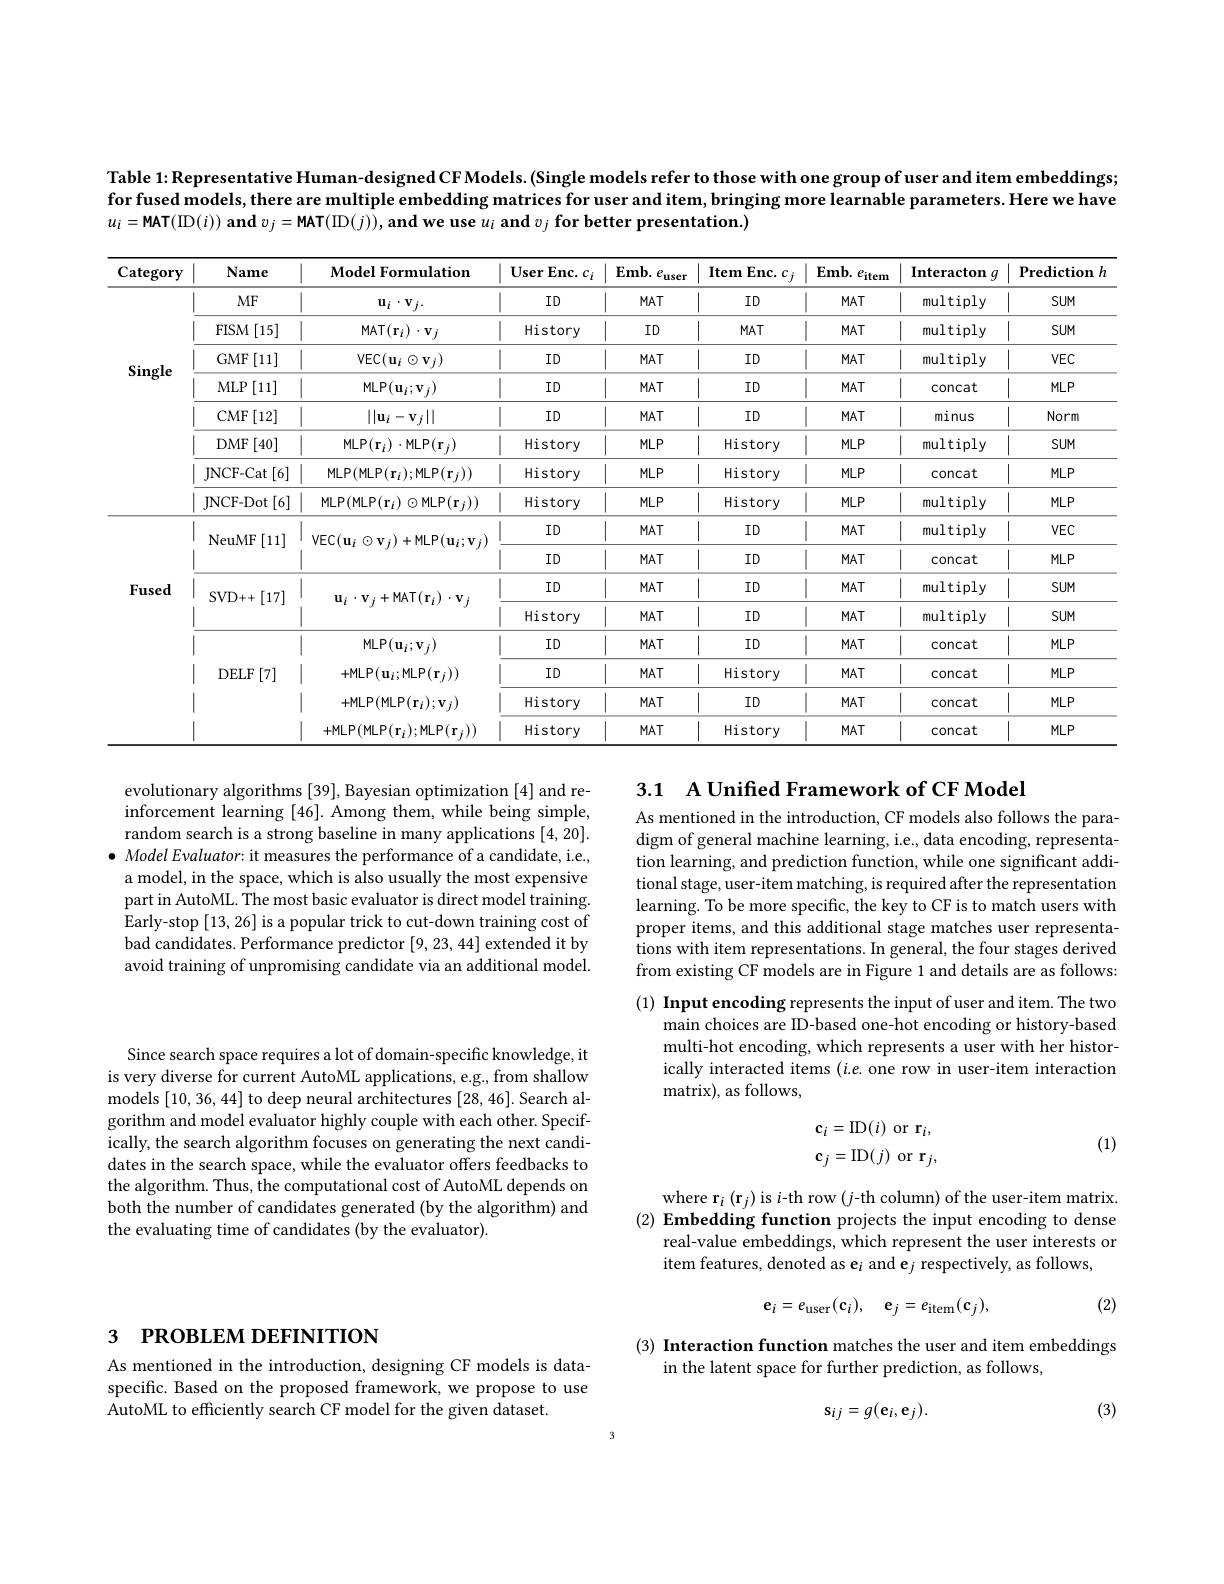
Table 1: Representative Human-designed CF Models. (Single models refer to those with one group of user and item embeddings; for fused models, there are multiple embedding matrices for user and item, bringing more learnable parameters. Here we have $u_{i}=$MAT(ID$( i) ) \textbf{ and }v_j=$MAT(ID$( j) ) , \textbf{and we use }u_i$ and $v_j\textbf{ for better presentation. })$

<table>
	<tbody>
		<tr>
			<th>Category</th>
			<th>Name</th>
			<th>$\mathbf{Model~Formulation}$</th>
			<th>User Enc. $c_i$</th>
			<th>$Emb.$ $\mathcal{C}_{1}$ $e_\mathrm{user}$ $\frac{1}{2}=\frac{1}{2}=\frac{1}{2}$ T</th>
			<th>$\iota Enc.c_j$ Item</th>
			<th>$Emb.$ $e_\mathrm{item}$</th>
			<th>Interacton $g$</th>
			<th>$\mathbf{Prediction}$ $\frac{1}{2}=\frac{1}{2}=\frac{1}{2}$ 1 $F$</th>
		</tr>
		<tr>
			<td rowspan="8">Single</td>
			<td>$MF$</td>
			<td>$\mathbf{u}_{i}\cdot\mathbf{v}_{j}.$</td>
			<td> $ID$</td>
			<td>| $MAT$</td>
			<td>| ID $\frac{1}{2}=\frac{1}{2}=\frac{1}{2}$</td>
			<td> $MAT$</td>
			<td>multiply</td>
			<td>$SUM$ 1</td>
		</tr>
		<tr>
			<td>$FISM$ [15]</td>
			<td>MAT$( \mathbf{r} _{i}) \cdot \mathbf{v} _{j}$</td>
			<td>History</td>
			<td>| ID</td>
			<td>$MAT$ 1</td>
			<td> $MAT$</td>
			<td>multiply</td>
			<td>$SUM$</td>
		</tr>
		<tr>
			<td>[11] $GMF$</td>
			<td>$\operatorname{VEC}(\mathbf{u}_{i}\odot\mathbf{v}_{j})$</td>
			<td> $ID$</td>
			<td> $MAT$</td>
			<td> ID</td>
			<td>1 $MAT$</td>
			<td>multiply</td>
			<td>1 $VEC$</td>
		</tr>
		<tr>
			<td>$MLP$ [11]</td>
			<td>MLP$( \mathbf{u} _{i}; \mathbf{v} _{j})$</td>
			<td>| $ID$</td>
			<td> $MAT$</td>
			<td> ID</td>
			<td> $MAT$</td>
			<td>concat</td>
			<td>$MLP$ 1</td>
		</tr>
		<tr>
			<td>$CMF$ [12]</td>
			<td>$||\mathbf{u}_{i}-\mathbf{v}_{j}||$</td>
			<td> $ID$</td>
			<td> $MAT$ 1</td>
			<td> ID</td>
			<td> $MAT$</td>
			<td>minus</td>
			<td>Norm</td>
		</tr>
		<tr>
			<td>$DMF$ [40]</td>
			<td>MLP$( \mathbf{r} _{i}) \cdot$MLP$( \mathbf{r} _{j})$</td>
			<td>History</td>
			<td>| $MLP$</td>
			<td>History</td>
			<td>1 $MLP$</td>
			<td>multiply</td>
			<td>$SUM$</td>
		</tr>
		<tr>
			<td>JNCF- Cat [6]</td>
			<td>MLP(MLP$(\mathbf{r}_i);$MLP$(\mathbf{r}_j))$</td>
			<td>History</td>
			<td>| $MLP$</td>
			<td>History</td>
			<td> $MLP$</td>
			<td>concat</td>
			<td>$MLP$</td>
		</tr>
		<tr>
			<td>JNCF- Dot :[6] $a_{2}=\frac{1}{2}$</td>
			<td>$\mathsf{MLP}(\mathsf{MLP}(\mathbf{r}_{i})\odot\mathsf{MLP}(\mathbf{r}_{j}))$</td>
			<td>History</td>
			<td>$MLP$</td>
			<td>History</td>
			<td>1 $MLP$</td>
			<td>multiply</td>
			<td>$MLP$</td>
		</tr>
		<tr>
			<td rowspan="8">Fused</td>
			<td rowspan="2">NeuMF [11]</td>
			<td rowspan="2">VEC$(\mathbf{u}_i\odot\mathbf{v}_j)+$MLP$(\mathbf{u}_i;\mathbf{v}_j)$</td>
			<td>1 $ID$</td>
			<td>$MAT$</td>
			<td>ID</td>
			<td>$MAT$</td>
			<td>multiply</td>
			<td>$VEC$</td>
		</tr>
		<tr>
			<td>$ID$</td>
			<td>$MAT$</td>
			<td>ID</td>
			<td>$MAT$</td>
			<td>concat</td>
			<td>$MLP$</td>
		</tr>
		<tr>
			<td rowspan="2">[17] SVD+ + </td>
			<td rowspan="2">$\mathbf{u}_{i}\cdot\mathbf{v}_{j}+\mathbf{MAT}(\mathbf{r}_{i})\cdot\mathbf{v}_{j}$</td>
			<td> $ID$</td>
			<td> $MAT$</td>
			<td>11 ID</td>
			<td>$MAT$ 1</td>
			<td>multiply</td>
			<td>$SUM$</td>
		</tr>
		<tr>
			<td>History</td>
			<td>$MAT$</td>
			<td>ID</td>
			<td>$MAT$ 1</td>
			<td>multiply</td>
			<td>$SUM$</td>
		</tr>
		<tr>
			<td> </td>
			<td>MLP$( \mathbf{u} _{i}; \mathbf{v} _{j})$</td>
			<td>| $ID$</td>
			<td>$MAT$ 1 1</td>
			<td>ID</td>
			<td>$MAT$ </td>
			<td>concat</td>
			<td>$MLP$</td>
		</tr>
		<tr>
			<td>$DELF$ [7]</td>
			<td>+MLP$(\mathbf{u}_i;$MLP$(\mathbf{r}_j))$</td>
			<td> $ID$</td>
			<td> $MAT$</td>
			<td>History</td>
			<td>1 1 $MAT$</td>
			<td>concat</td>
			<td>$MLP$ 11</td>
		</tr>
		<tr>
			<td> </td>
			<td>+MLP(MLP$(\mathbf{r}_i);\mathbf{v}_j)$</td>
			<td>History</td>
			<td>| $MAT$</td>
			<td>| ID</td>
			<td>1 $MAT$</td>
			<td>concat</td>
			<td>$MLP$</td>
		</tr>
		<tr>
			<td> </td>
			<td>+MLP(MLP$(\mathbf{r}_i);$MLP$(\mathbf{r}_i))$</td>
			<td>History</td>
			<td>$MAT$</td>
			<td>History</td>
			<td>$MAT$</td>
			<td>concat</td>
			<td>$MLP$</td>
		</tr>
	</tbody>
</table>

evolutionary algorithms [39], Bayesian optimization [4] and reinforcement learning [46]. Among them, while being simple, random search is a strong baseline in many applications [4,20]. $\bullet$ Model Evaluator: it measures the performance of a candidate, i.e., a model, in the space, which is also usually the most expensive part in AutoML. The most basic evaluator is direct model training. Early-stop [13,26] is a popular trick to cut-down training cost of bad candidates. Performance predictor [9,23,44] extended it by avoid training of unpromising candidate via an additional model.

3.1 A Unified Framework of CF Model
As mentioned in the introduction, CF models also follows the paradigm of general machine learning, i.e., data encoding, representation learning, and prediction function, while one significant additional stage, user- item matching, is required after the representation learning. To be more specific, the key to CF is to match users with proper items, and this additional stage matches user representations with item representations. In general, the four stages derived from existing CF models are in Figure 1 and details are as follows: (1) Input encoding represents the input of user and item. The two
main choices are ID-based one-hot encoding or history-based multi-hot encoding, which represents a user with her historically interacted items $(i.e.$ one row in user-item interaction matrix), as follows,

Since search space requires a lot of domain-specific knowledge, it is very diverse for current AutoML applications, e.g., from shallow models [10,36,44] to deep neural architectures [28,46]. Search algorithm and model evaluator highly couple with each other. Specifically, the search algorithm focuses on generating the next candidates in the search space, while the evaluator offers feedbacks to the algorithm. Thus, the computational cost of AutoML depends on both the number of candidates generated (by the algorithm) and the evaluating time of candidates (by the evaluator).
$$\mathbf{c}_{i}=\mathrm{ID}(i)\:\mathrm{or}\:\mathbf{r}_{i},\\\mathbf{c}_{j}=\mathrm{ID}(j)\:\mathrm{or}\:\mathbf{r}_{j},$$
(1)

where $\mathbf{r}_i(\mathbf{r}_j)$is $i$-th row$(j$-th column) of the user-item matrix. (2) Embedding function projects the input encoding to dense
real-value embeddings, which represent the user interests or
item features, denoted as e$_i$ and e$_j$ respectively, as follows,

(2)
$$\mathbf{e}_{i}=e_{\mathrm{user}}(\mathbf{c}_{i}),\quad\mathbf{e}_{j}=e_{\mathrm{item}}(\mathbf{c}_{j}),$$
# 3 PROBLEM DEFINITION

(3) Interaction function matches the user and item embeddings
in the latent space for further prediction, as follows,

As mentioned in the introduction, designing CF models is dataspecific. Based on the proposed framework, we propose to use AutoML to efficiently search CF model for the given dataset.

(3)
$$\mathbf{s}_{ij}=g(\mathbf{e}_i,\mathbf{e}_j).$$